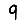
Digit: 9